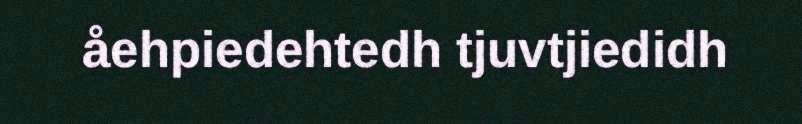
åehpiedehtedh tjuvtjiedidh